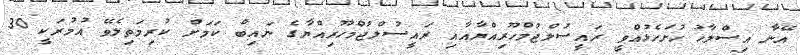
އޭނާ އިސްލާހު ހުށަހެޅުއްވީ ރައީސުލްޖުމްހޫރިއްޔާއާއި ރައީސުލްޖުމްހޫރިއްޔާގެ ނައިބް ކަމަށް ކުރިމަތިލެވޭ އުމުރަކީ 30